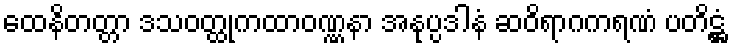
ထေနိတတ္တာ ဒသဝတ္ထုကထာဝဏ္ဏနာ အနုပ္ပဒါနံ ဆဝိရာဂကရဏံ ပတိဋ္ဌံ